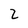
Character: Z